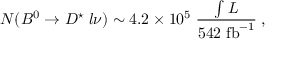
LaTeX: N ( B ^ { 0 } \rightarrow D ^ { \star } \; l \nu ) \sim 4 . 2 \times 1 0 ^ { 5 } \; { \frac { \int \cal { L } } { 5 4 2 \; \mathrm { f b } ^ { - 1 } } } \; ,